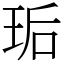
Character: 㻈